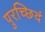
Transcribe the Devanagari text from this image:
पुरच्छिदं